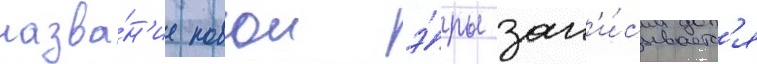
назва́н'ие новои э́ры зап'и́сываетс'я